King Institute of Preventive Medicine Bacteriolog. Section reports 1907-08
Year: 1907
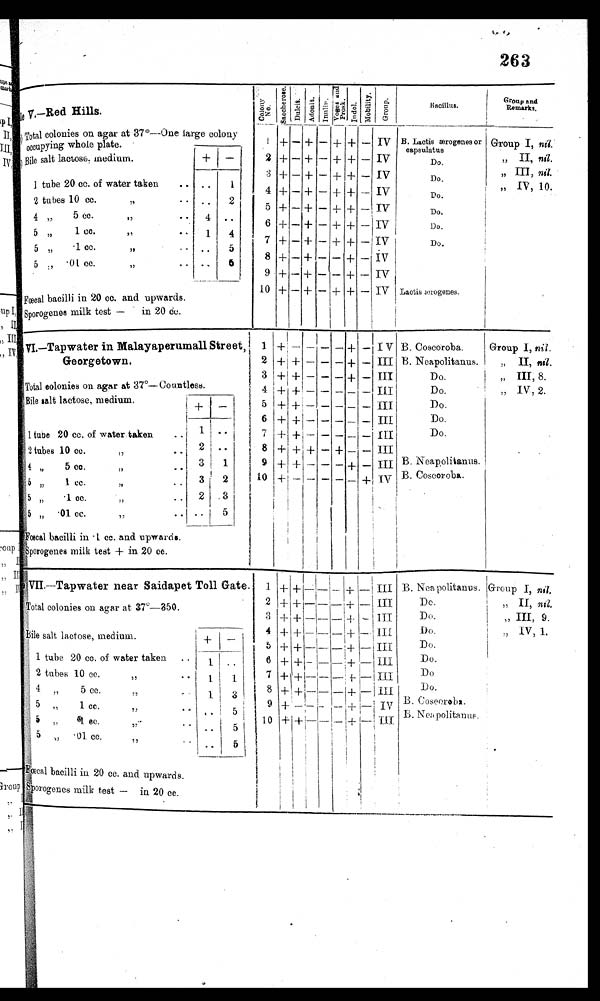
263
sample
V.—Red Hills.
(a)
(a)Total colonies on agar at 37°—One large colony
occupying whole plate.
(b) Bile salt lactose, medium. + —
1 tube 20 cc. of water taken
.. .. 1
2 tube 10 cc.
,,
.. .. 2
4 ,, 5 cc.
,,
.. 4 ..
5 ,,
1 cc.
,,
.. 1 4
5 ,,
•1 cc.
,,
..
.. 5
5 ,, •01 cc.
,,
..
.. 6
(c) Fœcabacilli in 20 cc. and upwards.
(d) Sporogenemilk test —in 20 dc.
c o l o n y
N o .
s a c c h e r o s e .
Dul ci t . A d o n i t .
Inulin.
v o g e s a n d p r o s k .
I n d o l .
Mo b i l i t y .
G r o u p .
Bacillus.
Group and
Remarks.
1
2
3
4
5
6
7
8
9
10
+
+
+
+
+
+
+
+
+
+
—
—
—
—
—
—
—
—
—
—
—
—
—
—
—
—
—
—
—
—
IV
IV
IV
IV
IV
IV
iv
IV
IV
IV
+
+
+
+
+
+
+
+
+
+
+
+
+
+
+
+
+
—
—
+
+
+
+
+
+
+
+
+
+
+
—
—
—
—
—
—
—
—
—
B. Lactis ærogenes or
c a p s u l a t u s
Do.
Do.
DO.
Do.
D 0 .
Do.
Lactis ærogenes.
Group I,nil.
" II, nill.
„ III,nil .
„
IV, 10.
.
VI.—Tapwater in Malayaperumall Street,
Georgetown.
(a)Total. colonies on agar at 37°—Countless.
(b) Bi l e sal t l actose, medi um,
+ -
1 tube 20 cc. of water taken .. 1 ..
2 tube 10 cc. ,,
.. 2 ..
4 ,, 5 cc. ,,
.. 3 1
5 ,, 1 cc. ,,
.. 3 2
5 ,, •1 cc. ,,
.. 2 3
5 ,, •01 cc. ,,
.. .. 5
Fœcal
(c) Fœcal bacilli in •1 cc. and upwards.
(d) Sporoaenes milk test + in 20 cc.
1
2
3
4
5
6
7
8
9
10
+
+ +
+
+
+
+
+
+
+
— + +
+
+
+
+
+
+
+
—
—
—
—
— —
—
—
—
—
—
—
—
—
—
—
—
— —
—
—
—
—
— —
—
+
—
— +
+
+
—
—
—
—
— +
—
—
—
—
—
— —
—
—
—
+
IV
III
III
III
II I
III
III III
I V
III
B. Coscoroba.
B. Neapolitan-us.
Do.
Do.
Do.
Do.
o
D.
B. Neapolitanus.
B. Coscoroba
Group I,nil.
„
II, nil
,,
III, 8.
,, IV, 2.
VII—Tapwater near Saidapet Toll
Gate 37°—350
Bile salt lactose medium
.
1 tube 20 cc. of water taken
..
1 ..
2 tube 10 cc.
,,
..
1 1
4 ,, 5 cc.
,,
..
1 3
5 ,,
1 cc.
,,
..
.. 5
5 ,,
•1 cc.
,,
..
.. 5
5 ,, •01 cc.
,,
..
.. 5
( c ) F œ c a b a c i l l i i n 2 0 c c . a n d u p w a r d s .
(d).Sporogenes milk test — in 20 cc.
1
2
3
4
5
6
7
8
9
10
+ + +
+
+
+
+
+
+
+ + +
+
+
+
+
+
+
—
—
—
—
— —
—
—
—
—
—
—
—
—
— —
—
—
—
—
—
—
—
—
— —
—
—
—
—
+ + +
+
+
+
+
+
+
—
—
—
—
— —
—
—
—
—
III
III
in
III
III
III
III
III
III
IV
III
B. Nea politanus.
Do.
Do.
Do.
Do.
Do.
Do
Do.
B.Coseoroba
• -
B. Neapolitanus.
Group I, n i l .
, , I I , n i l .
, , I I I , 9 .
, , I V , 1 .